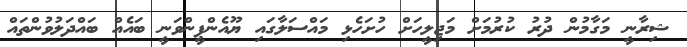
ޝިރާނީ މަގާމުން ދުރު ކުރުމަށް މަޖިލީހަށް ހުށަހެޅި މައްސަލާގައި ޔޫއެންޕީންވަނީ ބައެއް ބައްދަލުވުންތައް